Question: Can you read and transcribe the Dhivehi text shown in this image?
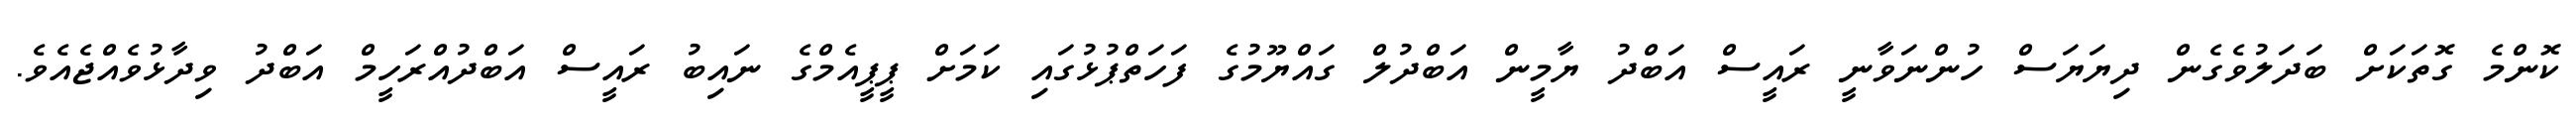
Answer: ކޮންމެ ގޮތަކަށް ބަދަލުވެގެން ދިޔަޔަސް ހުންނަވާނީ ރައީސް އަބްދު ޔާމީން އަބްދުލް ގައްޔޫމުގެ ފަހަތްޕުޅުގައި ކަމަށް ޕީޕީއެމްގެ ނައިބު ރައީސް އަބްދުއްރަހީމް އަބްދު ވިދާޅުވެއްޖެއެވެ.